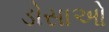
ડોસાઓ